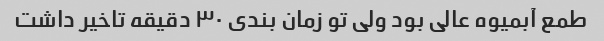
طمع آبمیوه عالی بود ولی تو زمان بندی ۳۰ دقیقه تاخیر داشت